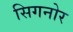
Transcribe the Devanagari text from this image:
सिगनोर